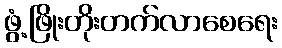
ဖွံ့ဖြိုးတိုးတက်လာစေရေး